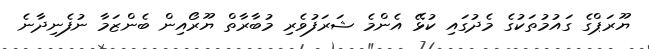
ޔޫރަޕްގެ ގައުމުތަކުގެ މެދުގައި ކުޅޭ އެންމެ ޝަރަފުވެރި މުބާރާތް ޔޫރޯއިން ބެންޒަމާ ނުފެނިދާނެ